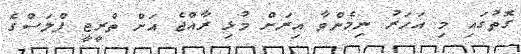
ގޮތުގައި މި އަހަރު ނިމެންވާ އިރަށް މުޅި ރާއްޖެ އަށް ތްރީޖީ ޕްލަސްގެ